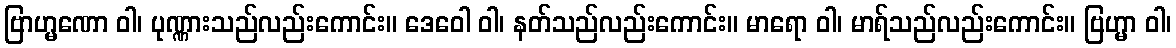
ဗြာဟ္မဏော ဝါ၊ ပုဏ္ဏားသည်လည်းကောင်း။ ဒေဝေါ ဝါ၊ နတ်သည်လည်းကောင်း။ မာရော ဝါ၊ မာရ်သည်လည်းကောင်း။ ဗြဟ္မာ ဝါ၊